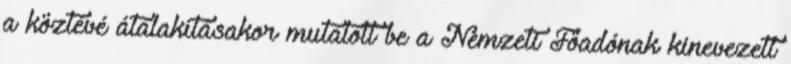
a köztévé átalakításakor mutatott be a Nemzeti Főadónak kinevezett